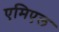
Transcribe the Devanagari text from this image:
एमिएल